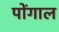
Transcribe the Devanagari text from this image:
पोंगाल